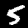
Digit: 5